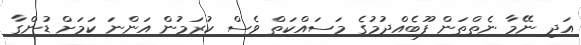
އަދި ނޭމާ ނެތްތަން ފޫބެއްދުމުގެ މަސައްކަތް ވެސް ކުރަމުން އަންނަ ކަމަށް ޑުންގާ